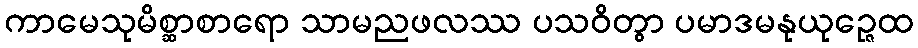
ကာမေသုမိစ္ဆာစာရော သာမညဖလဿ ပသဝိတွာ ပမာဒမနုယုဉ္ဇေထ